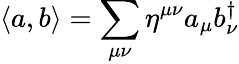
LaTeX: \displaystyle\langle a,b\rangle=\sum_{\mu\nu}\eta^{\mu\nu}a_{\mu}b_{\nu}^{\dagger}